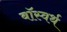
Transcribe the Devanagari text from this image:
बॉस्वर्थ